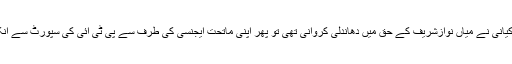
سوال یہ ہے کہ اگر جنرل کیانی نے میاں نوازشریف کے حق میں دھاندلی کروانی تھی تو پھر اپنی ماتحت ایجنسی کی طرف سے پی ٹی آئی کی سپورٹ سے آنکھیں کیوں بند کئے رکھیں؟